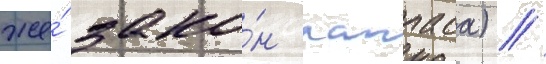
же́ зако́н лапласа) //